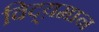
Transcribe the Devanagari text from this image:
विद्य़मान